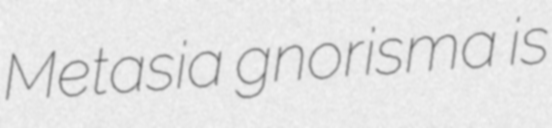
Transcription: Metasia gnorisma is